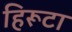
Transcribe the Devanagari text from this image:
हिरूटा